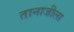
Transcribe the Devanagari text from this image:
तानाजीला